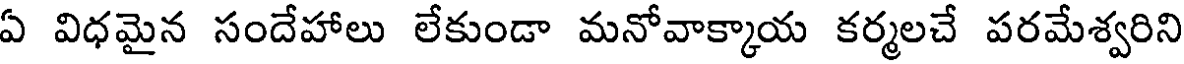
ఏ విధమైన సందేహాలు లేకుండా మనోవాక్కాయ కర్మలచే పరమేశ్వరిని